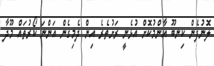
ލޮނުފެން ކިނބޫ އާންމުކޮށް އުޅެނީ ރަށުތެރެ އިން ދެމިގެން އަންނަ ކޯރުތައް މޫދާ